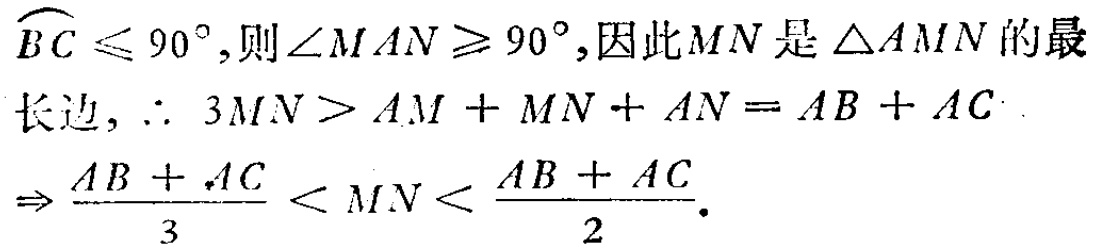
\(\overset{\frown}{BC} \leq 90^{\circ}\),则\(\angle MAN \geq 90^{\circ}\),因此\(MN\)是\(\triangle AMN\)的最长边, \(\therefore 3MN>AM + MN + AN=AB + AC\).
\(\Rightarrow\frac{AB + AC}{3}<MN<\frac{AB + AC}{2}\).